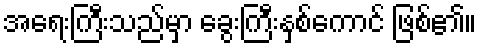
အရေးကြီးသည်မှာ ခွေးကြီးနှစ်ကောင် ဖြစ်၏။